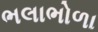
ભલાભોળા